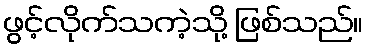
ဖွင့်လိုက်သကဲ့သို့ ဖြစ်သည်။